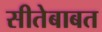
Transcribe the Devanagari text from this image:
सीतेबाबत